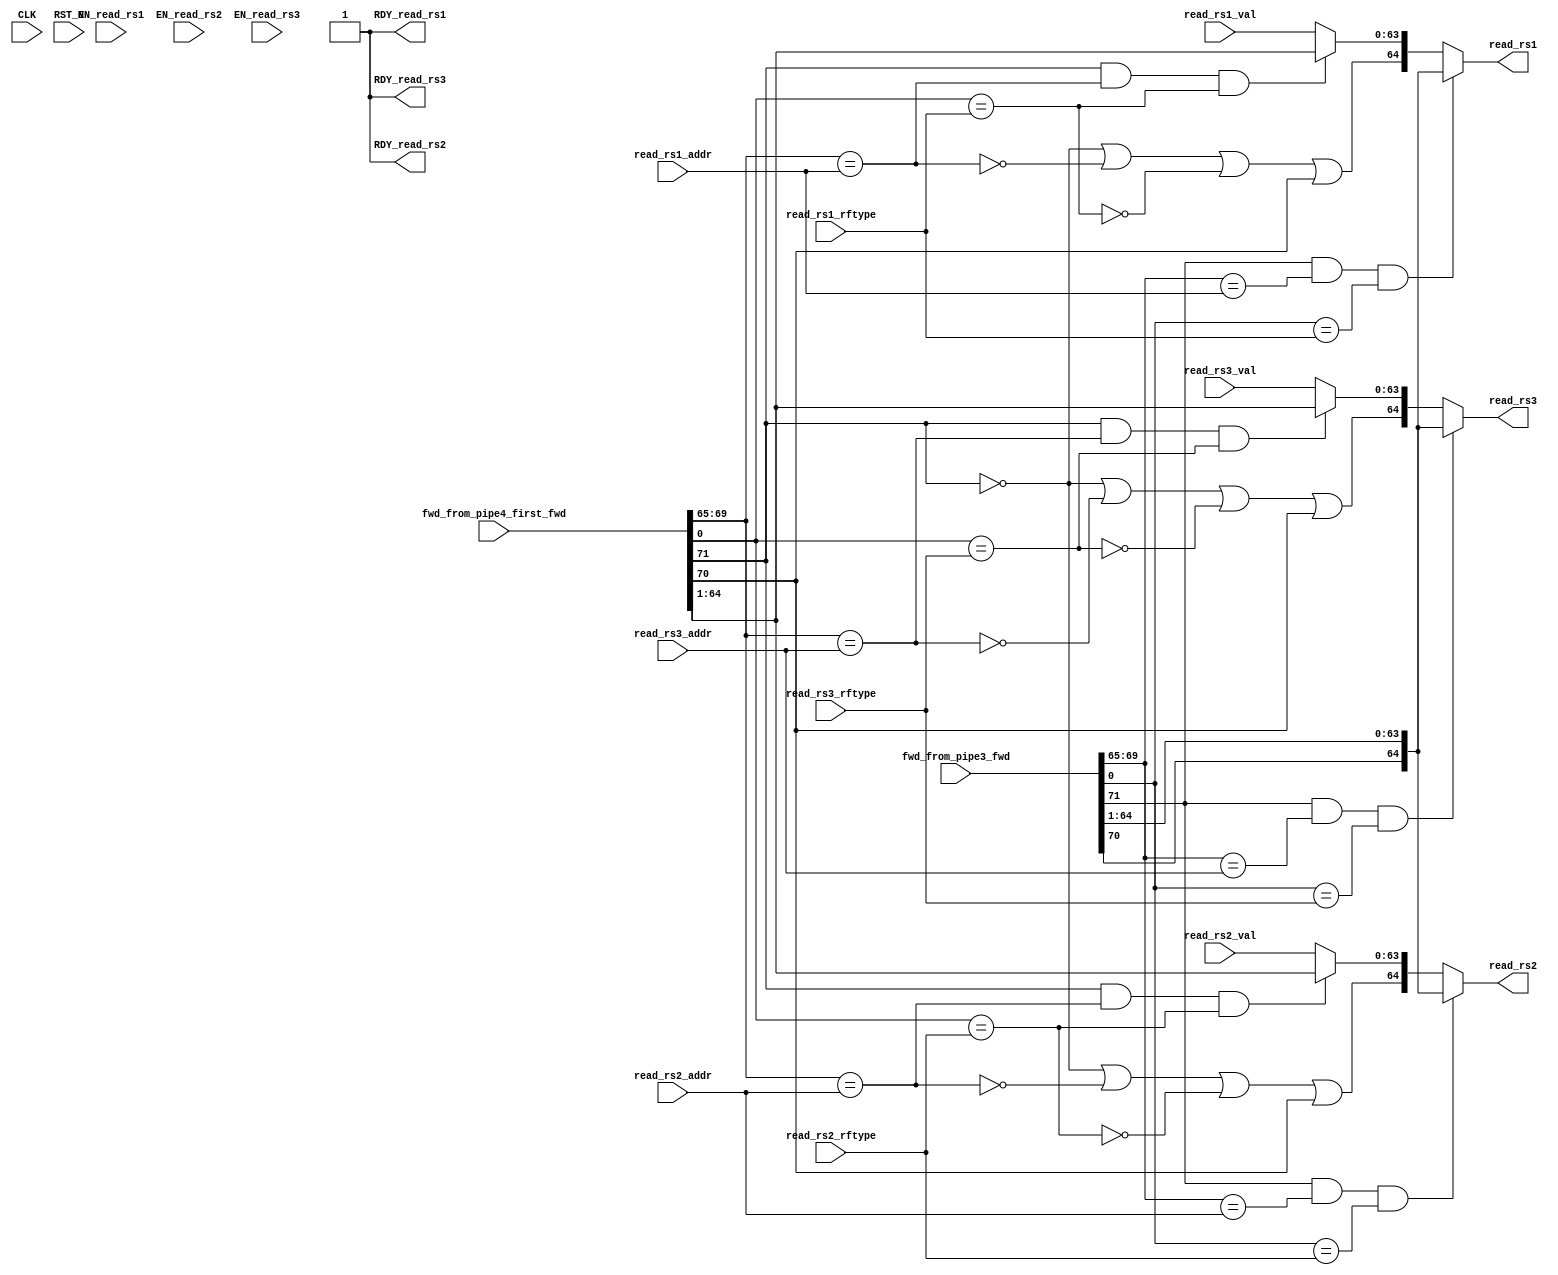
//
// Generated by Bluespec Compiler, version 2022.01-5-ge3edf4b1 (build e3edf4b1)
//
// On Fri Apr 15 12:46:30 EDT 2022
//
//
// Ports:
// Name                         I/O  size props
// read_rs1                       O    65
// RDY_read_rs1                   O     1 const
// read_rs2                       O    65
// RDY_read_rs2                   O     1 const
// read_rs3                       O    65
// RDY_read_rs3                   O     1 const
// CLK                            I     1 unused
// RST_N                          I     1 unused
// fwd_from_pipe3_fwd             I    72
// fwd_from_pipe4_first_fwd       I    72
// read_rs1_val                   I    64
// read_rs1_addr                  I     5
// read_rs1_rftype                I     1
// read_rs2_val                   I    64
// read_rs2_addr                  I     5
// read_rs2_rftype                I     1
// read_rs3_val                   I    64
// read_rs3_addr                  I     5
// read_rs3_rftype                I     1
// EN_read_rs1                    I     1 unused
// EN_read_rs2                    I     1 unused
// EN_read_rs3                    I     1 unused
//
// Combinational paths from inputs to outputs:
//   (fwd_from_pipe3_fwd,
//    fwd_from_pipe4_first_fwd,
//    read_rs1_val,
//    read_rs1_addr,
//    read_rs1_rftype) -> read_rs1
//   (fwd_from_pipe3_fwd,
//    fwd_from_pipe4_first_fwd,
//    read_rs2_val,
//    read_rs2_addr,
//    read_rs2_rftype) -> read_rs2
//   (fwd_from_pipe3_fwd,
//    fwd_from_pipe4_first_fwd,
//    read_rs3_val,
//    read_rs3_addr,
//    read_rs3_rftype) -> read_rs3
//
//

`ifdef BSV_ASSIGNMENT_DELAY
`else
  `define BSV_ASSIGNMENT_DELAY
`endif

`ifdef BSV_POSITIVE_RESET
  `define BSV_RESET_VALUE 1'b1
  `define BSV_RESET_EDGE posedge
`else
  `define BSV_RESET_VALUE 1'b0
  `define BSV_RESET_EDGE negedge
`endif

module mkfwding(CLK,
		RST_N,

		fwd_from_pipe3_fwd,

		fwd_from_pipe4_first_fwd,

		read_rs1_val,
		read_rs1_addr,
		read_rs1_rftype,
		EN_read_rs1,
		read_rs1,
		RDY_read_rs1,

		read_rs2_val,
		read_rs2_addr,
		read_rs2_rftype,
		EN_read_rs2,
		read_rs2,
		RDY_read_rs2,

		read_rs3_val,
		read_rs3_addr,
		read_rs3_rftype,
		EN_read_rs3,
		read_rs3,
		RDY_read_rs3);
  parameter [63 : 0] hartid = 64'b0;
  input  CLK;
  input  RST_N;

  // action method fwd_from_pipe3
  input  [71 : 0] fwd_from_pipe3_fwd;

  // action method fwd_from_pipe4_first
  input  [71 : 0] fwd_from_pipe4_first_fwd;

  // actionvalue method read_rs1
  input  [63 : 0] read_rs1_val;
  input  [4 : 0] read_rs1_addr;
  input  read_rs1_rftype;
  input  EN_read_rs1;
  output [64 : 0] read_rs1;
  output RDY_read_rs1;

  // actionvalue method read_rs2
  input  [63 : 0] read_rs2_val;
  input  [4 : 0] read_rs2_addr;
  input  read_rs2_rftype;
  input  EN_read_rs2;
  output [64 : 0] read_rs2;
  output RDY_read_rs2;

  // actionvalue method read_rs3
  input  [63 : 0] read_rs3_val;
  input  [4 : 0] read_rs3_addr;
  input  read_rs3_rftype;
  input  EN_read_rs3;
  output [64 : 0] read_rs3;
  output RDY_read_rs3;

  // signals for module outputs
  wire [64 : 0] read_rs1, read_rs2, read_rs3;
  wire RDY_read_rs1, RDY_read_rs2, RDY_read_rs3;

  // rule scheduling signals
  wire CAN_FIRE_fwd_from_pipe3,
       CAN_FIRE_fwd_from_pipe4_first,
       CAN_FIRE_read_rs1,
       CAN_FIRE_read_rs2,
       CAN_FIRE_read_rs3,
       WILL_FIRE_fwd_from_pipe3,
       WILL_FIRE_fwd_from_pipe4_first,
       WILL_FIRE_read_rs1,
       WILL_FIRE_read_rs2,
       WILL_FIRE_read_rs3;

  // declarations used by system tasks
  // synopsys translate_off
  reg TASK_testplusargs___d1;
  reg TASK_testplusargs___d2;
  reg TASK_testplusargs___d3;
  reg [63 : 0] v__h255;
  reg TASK_testplusargs___d21;
  reg TASK_testplusargs___d22;
  reg TASK_testplusargs___d23;
  reg [63 : 0] v__h479;
  reg TASK_testplusargs_OR_TASK_testplusargs_AND_TAS_ETC___d8;
  reg TASK_testplusargs_OR_TASK_testplusargs_AND_TAS_ETC___d10;
  reg TASK_testplusargs_OR_TASK_testplusargs_AND_TAS_ETC___d12;
  reg TASK_testplusargs_OR_TASK_testplusargs_AND_TAS_ETC___d14;
  reg TASK_testplusargs_OR_TASK_testplusargs_AND_TAS_ETC___d18;
  reg TASK_testplusargs_OR_TASK_testplusargs_AND_TAS_ETC___d20;
  reg TASK_testplusargs_1_OR_TASK_testplusargs_2_AND_ETC___d28;
  reg TASK_testplusargs_1_OR_TASK_testplusargs_2_AND_ETC___d30;
  reg TASK_testplusargs_1_OR_TASK_testplusargs_2_AND_ETC___d32;
  reg TASK_testplusargs_1_OR_TASK_testplusargs_2_AND_ETC___d34;
  reg TASK_testplusargs_1_OR_TASK_testplusargs_2_AND_ETC___d38;
  reg TASK_testplusargs_1_OR_TASK_testplusargs_2_AND_ETC___d40;
  // synopsys translate_on

  // remaining internal signals
  wire [63 : 0] IF_wr_from_pipe4_first_wget__2_BIT_71_3_AND_wr_ETC___d101,
		IF_wr_from_pipe4_first_wget__2_BIT_71_3_AND_wr_ETC___d68,
		IF_wr_from_pipe4_first_wget__2_BIT_71_3_AND_wr_ETC___d86;
  wire wr_from_pipe4_first_wget__2_BITS_69_TO_65_5_EQ_ETC___d56,
       wr_from_pipe4_first_wget__2_BITS_69_TO_65_5_EQ_ETC___d77,
       wr_from_pipe4_first_wget__2_BITS_69_TO_65_5_EQ_ETC___d92,
       wr_from_pipe4_first_wget__2_BIT_0_9_EQ_read_rs_ETC___d60,
       wr_from_pipe4_first_wget__2_BIT_0_9_EQ_read_rs_ETC___d80,
       wr_from_pipe4_first_wget__2_BIT_0_9_EQ_read_rs_ETC___d95;

  // action method fwd_from_pipe3
  assign CAN_FIRE_fwd_from_pipe3 = 1'd1 ;
  assign WILL_FIRE_fwd_from_pipe3 = 1'd1 ;

  // action method fwd_from_pipe4_first
  assign CAN_FIRE_fwd_from_pipe4_first = 1'd1 ;
  assign WILL_FIRE_fwd_from_pipe4_first = 1'd1 ;

  // actionvalue method read_rs1
  assign read_rs1 =
	     (fwd_from_pipe3_fwd[71] &&
	      fwd_from_pipe3_fwd[69:65] == read_rs1_addr &&
	      fwd_from_pipe3_fwd[0] == read_rs1_rftype) ?
	       { fwd_from_pipe3_fwd[70], fwd_from_pipe3_fwd[64:1] } :
	       { !fwd_from_pipe4_first_fwd[71] ||
		 !wr_from_pipe4_first_wget__2_BITS_69_TO_65_5_EQ_ETC___d56 ||
		 !wr_from_pipe4_first_wget__2_BIT_0_9_EQ_read_rs_ETC___d60 ||
		 fwd_from_pipe4_first_fwd[70],
		 IF_wr_from_pipe4_first_wget__2_BIT_71_3_AND_wr_ETC___d68 } ;
  assign RDY_read_rs1 = 1'b1 ;
  assign CAN_FIRE_read_rs1 = 1'b1 ;
  assign WILL_FIRE_read_rs1 = EN_read_rs1 ;

  // actionvalue method read_rs2
  assign read_rs2 =
	     (fwd_from_pipe3_fwd[71] &&
	      fwd_from_pipe3_fwd[69:65] == read_rs2_addr &&
	      fwd_from_pipe3_fwd[0] == read_rs2_rftype) ?
	       { fwd_from_pipe3_fwd[70], fwd_from_pipe3_fwd[64:1] } :
	       { !fwd_from_pipe4_first_fwd[71] ||
		 !wr_from_pipe4_first_wget__2_BITS_69_TO_65_5_EQ_ETC___d77 ||
		 !wr_from_pipe4_first_wget__2_BIT_0_9_EQ_read_rs_ETC___d80 ||
		 fwd_from_pipe4_first_fwd[70],
		 IF_wr_from_pipe4_first_wget__2_BIT_71_3_AND_wr_ETC___d86 } ;
  assign RDY_read_rs2 = 1'b1 ;
  assign CAN_FIRE_read_rs2 = 1'b1 ;
  assign WILL_FIRE_read_rs2 = EN_read_rs2 ;

  // actionvalue method read_rs3
  assign read_rs3 =
	     (fwd_from_pipe3_fwd[71] &&
	      fwd_from_pipe3_fwd[69:65] == read_rs3_addr &&
	      fwd_from_pipe3_fwd[0] == read_rs3_rftype) ?
	       { fwd_from_pipe3_fwd[70], fwd_from_pipe3_fwd[64:1] } :
	       { !fwd_from_pipe4_first_fwd[71] ||
		 !wr_from_pipe4_first_wget__2_BITS_69_TO_65_5_EQ_ETC___d92 ||
		 !wr_from_pipe4_first_wget__2_BIT_0_9_EQ_read_rs_ETC___d95 ||
		 fwd_from_pipe4_first_fwd[70],
		 IF_wr_from_pipe4_first_wget__2_BIT_71_3_AND_wr_ETC___d101 } ;
  assign RDY_read_rs3 = 1'b1 ;
  assign CAN_FIRE_read_rs3 = 1'b1 ;
  assign WILL_FIRE_read_rs3 = EN_read_rs3 ;

  // remaining internal signals
  assign IF_wr_from_pipe4_first_wget__2_BIT_71_3_AND_wr_ETC___d101 =
	     (fwd_from_pipe4_first_fwd[71] &&
	      wr_from_pipe4_first_wget__2_BITS_69_TO_65_5_EQ_ETC___d92 &&
	      wr_from_pipe4_first_wget__2_BIT_0_9_EQ_read_rs_ETC___d95) ?
	       fwd_from_pipe4_first_fwd[64:1] :
	       read_rs3_val ;
  assign IF_wr_from_pipe4_first_wget__2_BIT_71_3_AND_wr_ETC___d68 =
	     (fwd_from_pipe4_first_fwd[71] &&
	      wr_from_pipe4_first_wget__2_BITS_69_TO_65_5_EQ_ETC___d56 &&
	      wr_from_pipe4_first_wget__2_BIT_0_9_EQ_read_rs_ETC___d60) ?
	       fwd_from_pipe4_first_fwd[64:1] :
	       read_rs1_val ;
  assign IF_wr_from_pipe4_first_wget__2_BIT_71_3_AND_wr_ETC___d86 =
	     (fwd_from_pipe4_first_fwd[71] &&
	      wr_from_pipe4_first_wget__2_BITS_69_TO_65_5_EQ_ETC___d77 &&
	      wr_from_pipe4_first_wget__2_BIT_0_9_EQ_read_rs_ETC___d80) ?
	       fwd_from_pipe4_first_fwd[64:1] :
	       read_rs2_val ;
  assign wr_from_pipe4_first_wget__2_BITS_69_TO_65_5_EQ_ETC___d56 =
	     fwd_from_pipe4_first_fwd[69:65] == read_rs1_addr ;
  assign wr_from_pipe4_first_wget__2_BITS_69_TO_65_5_EQ_ETC___d77 =
	     fwd_from_pipe4_first_fwd[69:65] == read_rs2_addr ;
  assign wr_from_pipe4_first_wget__2_BITS_69_TO_65_5_EQ_ETC___d92 =
	     fwd_from_pipe4_first_fwd[69:65] == read_rs3_addr ;
  assign wr_from_pipe4_first_wget__2_BIT_0_9_EQ_read_rs_ETC___d60 =
	     fwd_from_pipe4_first_fwd[0] == read_rs1_rftype ;
  assign wr_from_pipe4_first_wget__2_BIT_0_9_EQ_read_rs_ETC___d80 =
	     fwd_from_pipe4_first_fwd[0] == read_rs2_rftype ;
  assign wr_from_pipe4_first_wget__2_BIT_0_9_EQ_read_rs_ETC___d95 =
	     fwd_from_pipe4_first_fwd[0] == read_rs3_rftype ;

  // handling of system tasks

  // synopsys translate_off
  always@(negedge CLK)
  begin
    #0;
    if (RST_N != `BSV_RESET_VALUE)
      begin
        TASK_testplusargs___d1 = $test$plusargs("fullverbose");
	#0;
      end
    if (RST_N != `BSV_RESET_VALUE)
      begin
        TASK_testplusargs___d2 = $test$plusargs("mfwding");
	#0;
      end
    if (RST_N != `BSV_RESET_VALUE)
      begin
        TASK_testplusargs___d3 = $test$plusargs("l2");
	#0;
      end
    TASK_testplusargs_OR_TASK_testplusargs_AND_TAS_ETC___d8 =
	(TASK_testplusargs___d1 ||
	 TASK_testplusargs___d2 && TASK_testplusargs___d3) &&
	fwd_from_pipe3_fwd[71];
    TASK_testplusargs_OR_TASK_testplusargs_AND_TAS_ETC___d10 =
	(TASK_testplusargs___d1 ||
	 TASK_testplusargs___d2 && TASK_testplusargs___d3) &&
	!fwd_from_pipe3_fwd[71];
    TASK_testplusargs_OR_TASK_testplusargs_AND_TAS_ETC___d12 =
	(TASK_testplusargs___d1 ||
	 TASK_testplusargs___d2 && TASK_testplusargs___d3) &&
	fwd_from_pipe3_fwd[70];
    TASK_testplusargs_OR_TASK_testplusargs_AND_TAS_ETC___d14 =
	(TASK_testplusargs___d1 ||
	 TASK_testplusargs___d2 && TASK_testplusargs___d3) &&
	!fwd_from_pipe3_fwd[70];
    TASK_testplusargs_OR_TASK_testplusargs_AND_TAS_ETC___d18 =
	(TASK_testplusargs___d1 ||
	 TASK_testplusargs___d2 && TASK_testplusargs___d3) &&
	fwd_from_pipe3_fwd[0];
    TASK_testplusargs_OR_TASK_testplusargs_AND_TAS_ETC___d20 =
	(TASK_testplusargs___d1 ||
	 TASK_testplusargs___d2 && TASK_testplusargs___d3) &&
	!fwd_from_pipe3_fwd[0];
    if (RST_N != `BSV_RESET_VALUE)
      begin
        v__h255 = $time;
	#0;
      end
    if (RST_N != `BSV_RESET_VALUE)
      if (TASK_testplusargs___d1 ||
	  TASK_testplusargs___d2 && TASK_testplusargs___d3)
	$write("[%10d", v__h255, "] ");
    if (RST_N != `BSV_RESET_VALUE)
      if (TASK_testplusargs___d1 ||
	  TASK_testplusargs___d2 && TASK_testplusargs___d3)
	$write("[%2d]FWDING: from PIPE3: ", hartid);
    if (RST_N != `BSV_RESET_VALUE)
      if (TASK_testplusargs___d1 ||
	  TASK_testplusargs___d2 && TASK_testplusargs___d3)
	$write("FwdType { ", "valid: ");
    if (RST_N != `BSV_RESET_VALUE)
      if (TASK_testplusargs_OR_TASK_testplusargs_AND_TAS_ETC___d8)
	$write("True");
    if (RST_N != `BSV_RESET_VALUE)
      if (TASK_testplusargs_OR_TASK_testplusargs_AND_TAS_ETC___d10)
	$write("False");
    if (RST_N != `BSV_RESET_VALUE)
      if (TASK_testplusargs___d1 ||
	  TASK_testplusargs___d2 && TASK_testplusargs___d3)
	$write(", ", "available: ");
    if (RST_N != `BSV_RESET_VALUE)
      if (TASK_testplusargs_OR_TASK_testplusargs_AND_TAS_ETC___d12)
	$write("True");
    if (RST_N != `BSV_RESET_VALUE)
      if (TASK_testplusargs_OR_TASK_testplusargs_AND_TAS_ETC___d14)
	$write("False");
    if (RST_N != `BSV_RESET_VALUE)
      if (TASK_testplusargs___d1 ||
	  TASK_testplusargs___d2 && TASK_testplusargs___d3)
	$write(", ", "addr: ");
    if (RST_N != `BSV_RESET_VALUE)
      if (TASK_testplusargs___d1 ||
	  TASK_testplusargs___d2 && TASK_testplusargs___d3)
	$write("'h%h", fwd_from_pipe3_fwd[69:65]);
    if (RST_N != `BSV_RESET_VALUE)
      if (TASK_testplusargs___d1 ||
	  TASK_testplusargs___d2 && TASK_testplusargs___d3)
	$write(", ", "data: ");
    if (RST_N != `BSV_RESET_VALUE)
      if (TASK_testplusargs___d1 ||
	  TASK_testplusargs___d2 && TASK_testplusargs___d3)
	$write("'h%h", fwd_from_pipe3_fwd[64:1]);
    if (RST_N != `BSV_RESET_VALUE)
      if (TASK_testplusargs___d1 ||
	  TASK_testplusargs___d2 && TASK_testplusargs___d3)
	$write(", ", "rftype: ");
    if (RST_N != `BSV_RESET_VALUE)
      if (TASK_testplusargs_OR_TASK_testplusargs_AND_TAS_ETC___d18)
	$write("FRF");
    if (RST_N != `BSV_RESET_VALUE)
      if (TASK_testplusargs_OR_TASK_testplusargs_AND_TAS_ETC___d20)
	$write("IRF");
    if (RST_N != `BSV_RESET_VALUE)
      if (TASK_testplusargs___d1 ||
	  TASK_testplusargs___d2 && TASK_testplusargs___d3)
	$write(" }");
    if (RST_N != `BSV_RESET_VALUE)
      if (TASK_testplusargs___d1 ||
	  TASK_testplusargs___d2 && TASK_testplusargs___d3)
	$write("\n");
    if (RST_N != `BSV_RESET_VALUE)
      begin
        TASK_testplusargs___d21 = $test$plusargs("fullverbose");
	#0;
      end
    if (RST_N != `BSV_RESET_VALUE)
      begin
        TASK_testplusargs___d22 = $test$plusargs("mfwding");
	#0;
      end
    if (RST_N != `BSV_RESET_VALUE)
      begin
        TASK_testplusargs___d23 = $test$plusargs("l2");
	#0;
      end
    TASK_testplusargs_1_OR_TASK_testplusargs_2_AND_ETC___d28 =
	(TASK_testplusargs___d21 ||
	 TASK_testplusargs___d22 && TASK_testplusargs___d23) &&
	fwd_from_pipe4_first_fwd[71];
    TASK_testplusargs_1_OR_TASK_testplusargs_2_AND_ETC___d30 =
	(TASK_testplusargs___d21 ||
	 TASK_testplusargs___d22 && TASK_testplusargs___d23) &&
	!fwd_from_pipe4_first_fwd[71];
    TASK_testplusargs_1_OR_TASK_testplusargs_2_AND_ETC___d32 =
	(TASK_testplusargs___d21 ||
	 TASK_testplusargs___d22 && TASK_testplusargs___d23) &&
	fwd_from_pipe4_first_fwd[70];
    TASK_testplusargs_1_OR_TASK_testplusargs_2_AND_ETC___d34 =
	(TASK_testplusargs___d21 ||
	 TASK_testplusargs___d22 && TASK_testplusargs___d23) &&
	!fwd_from_pipe4_first_fwd[70];
    TASK_testplusargs_1_OR_TASK_testplusargs_2_AND_ETC___d38 =
	(TASK_testplusargs___d21 ||
	 TASK_testplusargs___d22 && TASK_testplusargs___d23) &&
	fwd_from_pipe4_first_fwd[0];
    TASK_testplusargs_1_OR_TASK_testplusargs_2_AND_ETC___d40 =
	(TASK_testplusargs___d21 ||
	 TASK_testplusargs___d22 && TASK_testplusargs___d23) &&
	!fwd_from_pipe4_first_fwd[0];
    if (RST_N != `BSV_RESET_VALUE)
      begin
        v__h479 = $time;
	#0;
      end
    if (RST_N != `BSV_RESET_VALUE)
      if (TASK_testplusargs___d21 ||
	  TASK_testplusargs___d22 && TASK_testplusargs___d23)
	$write("[%10d", v__h479, "] ");
    if (RST_N != `BSV_RESET_VALUE)
      if (TASK_testplusargs___d21 ||
	  TASK_testplusargs___d22 && TASK_testplusargs___d23)
	$write("[%2d]FWDING: from PIPE4-first: ", hartid);
    if (RST_N != `BSV_RESET_VALUE)
      if (TASK_testplusargs___d21 ||
	  TASK_testplusargs___d22 && TASK_testplusargs___d23)
	$write("FwdType { ", "valid: ");
    if (RST_N != `BSV_RESET_VALUE)
      if (TASK_testplusargs_1_OR_TASK_testplusargs_2_AND_ETC___d28)
	$write("True");
    if (RST_N != `BSV_RESET_VALUE)
      if (TASK_testplusargs_1_OR_TASK_testplusargs_2_AND_ETC___d30)
	$write("False");
    if (RST_N != `BSV_RESET_VALUE)
      if (TASK_testplusargs___d21 ||
	  TASK_testplusargs___d22 && TASK_testplusargs___d23)
	$write(", ", "available: ");
    if (RST_N != `BSV_RESET_VALUE)
      if (TASK_testplusargs_1_OR_TASK_testplusargs_2_AND_ETC___d32)
	$write("True");
    if (RST_N != `BSV_RESET_VALUE)
      if (TASK_testplusargs_1_OR_TASK_testplusargs_2_AND_ETC___d34)
	$write("False");
    if (RST_N != `BSV_RESET_VALUE)
      if (TASK_testplusargs___d21 ||
	  TASK_testplusargs___d22 && TASK_testplusargs___d23)
	$write(", ", "addr: ");
    if (RST_N != `BSV_RESET_VALUE)
      if (TASK_testplusargs___d21 ||
	  TASK_testplusargs___d22 && TASK_testplusargs___d23)
	$write("'h%h", fwd_from_pipe4_first_fwd[69:65]);
    if (RST_N != `BSV_RESET_VALUE)
      if (TASK_testplusargs___d21 ||
	  TASK_testplusargs___d22 && TASK_testplusargs___d23)
	$write(", ", "data: ");
    if (RST_N != `BSV_RESET_VALUE)
      if (TASK_testplusargs___d21 ||
	  TASK_testplusargs___d22 && TASK_testplusargs___d23)
	$write("'h%h", fwd_from_pipe4_first_fwd[64:1]);
    if (RST_N != `BSV_RESET_VALUE)
      if (TASK_testplusargs___d21 ||
	  TASK_testplusargs___d22 && TASK_testplusargs___d23)
	$write(", ", "rftype: ");
    if (RST_N != `BSV_RESET_VALUE)
      if (TASK_testplusargs_1_OR_TASK_testplusargs_2_AND_ETC___d38)
	$write("FRF");
    if (RST_N != `BSV_RESET_VALUE)
      if (TASK_testplusargs_1_OR_TASK_testplusargs_2_AND_ETC___d40)
	$write("IRF");
    if (RST_N != `BSV_RESET_VALUE)
      if (TASK_testplusargs___d21 ||
	  TASK_testplusargs___d22 && TASK_testplusargs___d23)
	$write(" }");
    if (RST_N != `BSV_RESET_VALUE)
      if (TASK_testplusargs___d21 ||
	  TASK_testplusargs___d22 && TASK_testplusargs___d23)
	$write("\n");
  end
  // synopsys translate_on
endmodule  // mkfwding